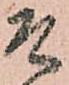
そ